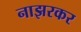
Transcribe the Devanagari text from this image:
नाझरकर